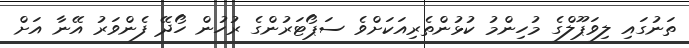
ތަނުގައި ލިވަޕޫލްގެ މުހިންމު ކުޅުންތެރިއަކަށްވެ ސަޕޯޓަރުންގެ ރުހުން ހޯދޭ ފެންވަރު އޭނާ އަށް